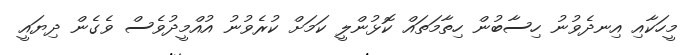
މީހަކާއި އިނދެވުނު ހިސާބުން ހިތާމަތައް ކޮޅުންލީ ކަމަށް ކުރެވުނު އުއްމީދުވެސް ވެގެން ދިޔައީ